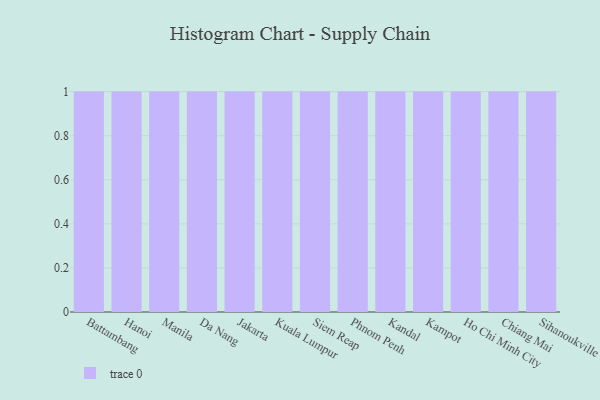
{"axis": {"x": "City", "y": "Shipments"}, "legend": [""], "data": [{"x": "Battambang", "y": 23, "type": ""}, {"x": "Hanoi", "y": 19, "type": ""}, {"x": "Manila", "y": 63, "type": ""}, {"x": "Da Nang", "y": 62, "type": ""}, {"x": "Jakarta", "y": 97, "type": ""}, {"x": "Kuala Lumpur", "y": 53, "type": ""}, {"x": "Siem Reap", "y": 41, "type": ""}, {"x": "Phnom Penh", "y": 74, "type": ""}, {"x": "Kandal", "y": 98, "type": ""}, {"x": "Kampot", "y": 29, "type": ""}, {"x": "Ho Chi Minh City", "y": 100, "type": ""}, {"x": "Chiang Mai", "y": 91, "type": ""}, {"x": "Sihanoukville", "y": 94, "type": ""}]}